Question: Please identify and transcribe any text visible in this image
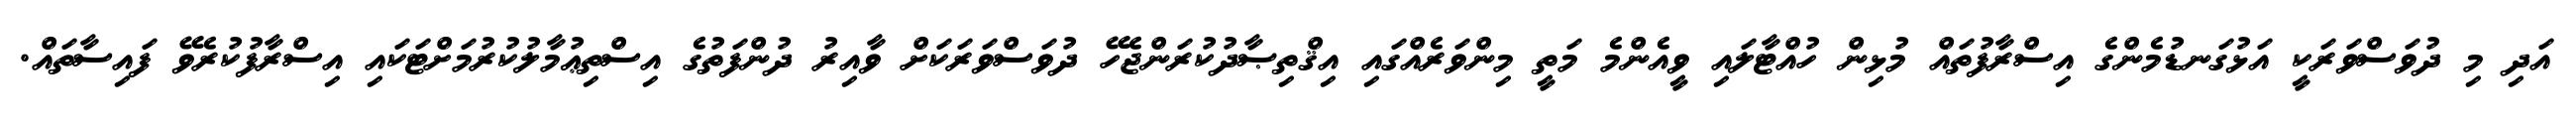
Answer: އަދި މި ދުވަސްވަރަކީ އަޅުގަނޑުމެންގެ އިސްރާފުތައް މުޅިން ހުއްޓާލައި ވީއެންމެ މަތީ މިންވަރެއްގައި އިޤްތިޞާދުކުރަންޖެހޭ ދުވަސްވަރަކަށް ވާއިރު ދުންފަތުގެ އިސްތިޢުމާލުކުރުމަށްޓަކައި އިސްރާފުކުރެވޭ ފައިސާތައް.